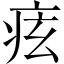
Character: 痃